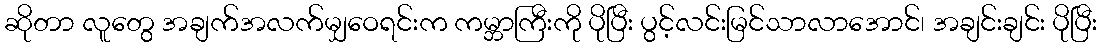
ဆိုတာ လူတွေ အချက်အလက်မျှဝေရင်းက ကမ္ဘာကြီးကို ပိုပြီး ပွင့်လင်းမြင်သာလာအောင်၊ အချင်းချင်း ပိုပြီး